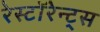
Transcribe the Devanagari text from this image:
रेस्टॉरेन्ट्स